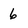
Character: 6